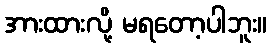
အားထားလို့ မရတော့ပါဘူး။